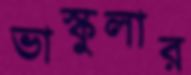
ভাস্কুলার